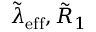
\tilde { \lambda } _ { \mathrm { e f f } } , \tilde { R } _ { 1 }